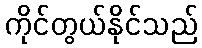
ကိုင်တွယ်နိုင်သည်